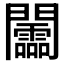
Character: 𨷰